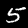
Label: 5